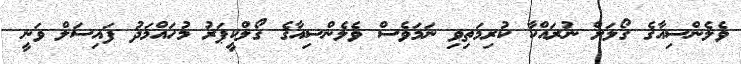
ވެލެންސިއާގެ ގޯލަށް ނުރައްކާ ކުރިމަތިވި ނަމަވެސް ވެލެންސިއާގެ ގޯލްކީޕަރު މުހައްމަދު ފައިސަލް ވަނީ